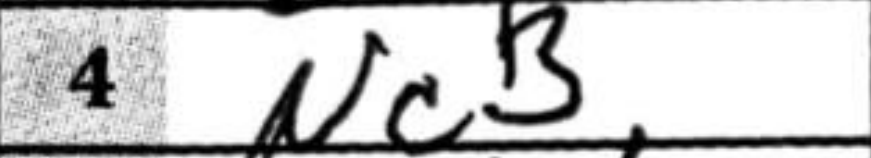
Transcription: Nc3